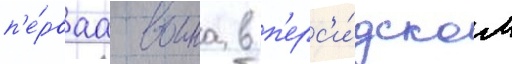
п'е́рваа воина в п'ерс'и́дском